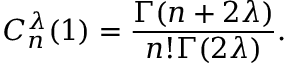
C _ { n } ^ { \lambda } ( 1 ) = \frac { \Gamma ( n + 2 \lambda ) } { n ! \Gamma ( 2 \lambda ) } .